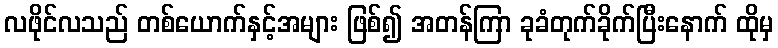
လဖိုင်လသည် တစ်ယောက်နှင့်အများ ဖြစ်၍ အတန်ကြာ ခုခံတုက်ခိုက်ပြီးနောက် ထိုမှ